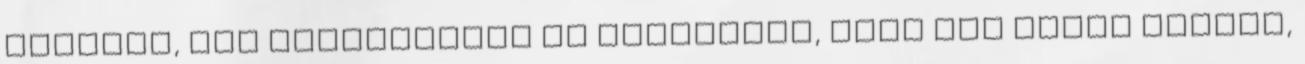
magával, úgy hagyatkozom az érzésemre, soha nem állok útjába,